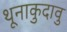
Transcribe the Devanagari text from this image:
थूनाकुदावु